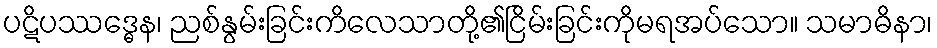
ပဋိပဿဒ္ဓေန၊ ညစ်နွမ်းခြင်းကိလေသာတို့၏ငြိမ်းခြင်းကိုမရအပ်သော။ သမာဓိနာ၊